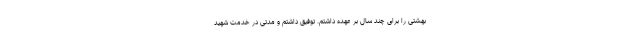
بهشتی را برای چند سال بر عهده داشتم. توفیق داشتم و مدتی در خدمت شهید